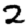
Digit: 2